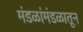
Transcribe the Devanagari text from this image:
मंडळांमंडळातून